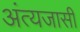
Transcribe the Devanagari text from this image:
अंत्यजासी